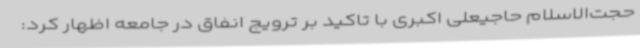
حجت‌الاسلام حاجیعلی اکبری با تاکید بر ترویج انفاق در جامعه اظهار کرد: